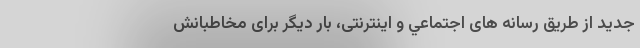
جدید از طریق رسانه های اجتماعي و اینترنتی، بار دیگر برای مخاطبانش